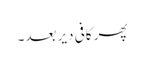
پھر کافی دیر بعد۔